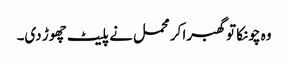
وہ چونکا تو گھبرا کر محمل نے پلیٹ چھوڑ دی۔